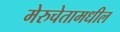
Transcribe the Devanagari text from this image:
मेरुचेतामधील